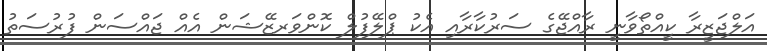
އަލްޖަޒީރާ ކީއްތޯވާނީ ރާއްޖޭގެ ސަރުކާރާއި އެކު ޕްލޭފުލް ކޮންވަރޒޭޝަން އެއް ޖައްސަން ފުރުސަތު